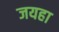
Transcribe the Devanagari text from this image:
जयहा